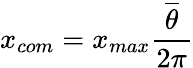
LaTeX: x_{com}=x_{max}{\frac{\overline{{\theta}}}{2\pi}}